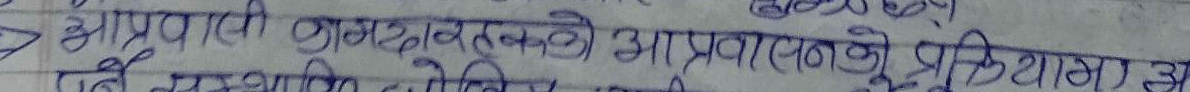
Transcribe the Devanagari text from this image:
आप्रवासी कामदारहरूको आप्रवासनको प्रक्रियामा